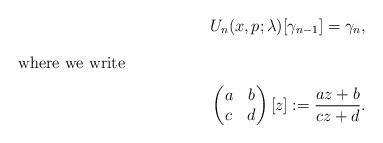
LaTeX: \begin{align*}&U_n(x,p;\lambda)[\gamma_{n-1}]=\gamma_n,\intertext{where we write}&\begin{pmatrix}a&b\\c&d\end{pmatrix}[z]:=\frac{az+b}{cz+d}.\end{align*}